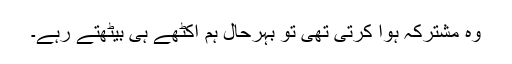
وہ مشترکہ ہوا کرتی تھی تو بہرحال ہم اکٹھے ہی بیٹھتے رہے۔